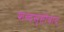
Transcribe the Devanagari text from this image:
शब्दसृष्टीवाद